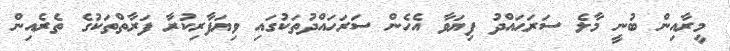
މީރާއިން ބުނީ މާލެ ސަރަޙައްދު ފިޔަވާ އެހެން ސަރަހައްދުތަކުގައި ވިޔަފާރިކުރާ ފަރާތްތަކުގެ ތެރެއިން